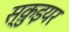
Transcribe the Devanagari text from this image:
स्क़ुइयर